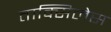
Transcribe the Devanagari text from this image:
ताक्सिलेस